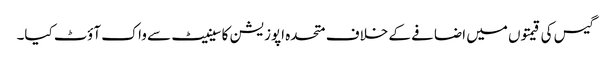
گیس کی قیمتوں میں اضافے کے خلاف متحدہ اپوزیشن کا سینیٹ سے واک آؤٹ کیا۔